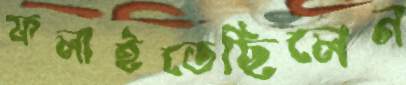
ফলাইতেছিলেন